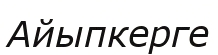
Айыпкерге